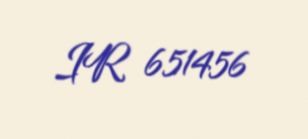
IR 651456